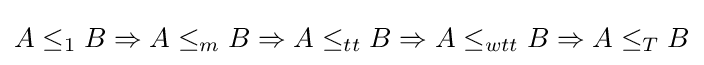
A\leq _{1}B\Rightarrow A\leq _{m}B\Rightarrow A\leq _{tt}B\Rightarrow A\leq _{wtt}B\Rightarrow A\leq _{T}B